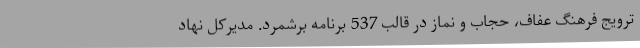
ترویج فرهنگ عفاف، حجاب و نماز در قالب 537 برنامه برشمرد. مدیرکل نهاد